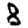
Digit: 8